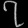
Digit: ၇